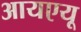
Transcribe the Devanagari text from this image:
आयएयू